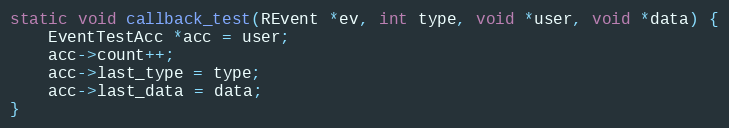
Language: C
static void callback_test(REvent *ev, int type, void *user, void *data) {
	EventTestAcc *acc = user;
	acc->count++;
	acc->last_type = type;
	acc->last_data = data;
}